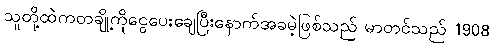
သူတို့ထဲကတချို့ကိုငွေပေးချေပြီးနောက်အခမဲ့ဖြစ်သည် မာတင်သည် 1908